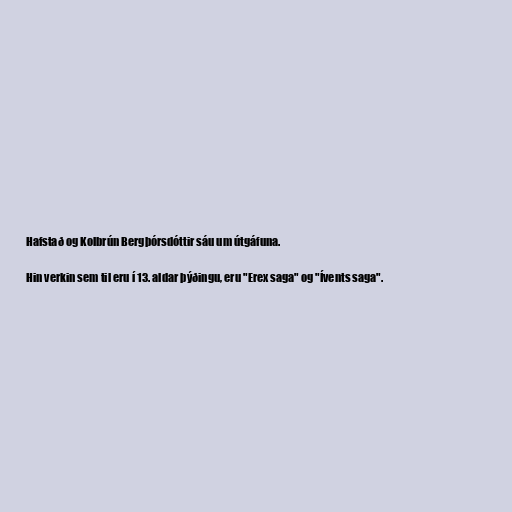
Hafstað og Kolbrún Bergþórsdóttir sáu um útgáfuna.

Hin verkin sem til eru í 13. aldar þýðingu, eru "Erex saga" og "Ívents saga".